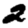
Digit: 2